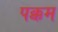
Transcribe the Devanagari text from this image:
पक्कम